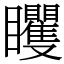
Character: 䂄